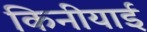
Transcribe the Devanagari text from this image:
किनीयाई